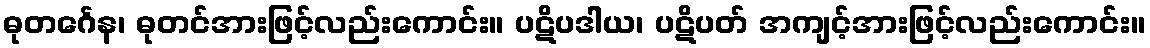
ဓုတင်္ဂေန၊ ဓုတင်အားဖြင့်လည်းကောင်း။ ပဋိပဒါယ၊ ပဋိပတ် အကျင့်အားဖြင့်လည်းကောင်း။